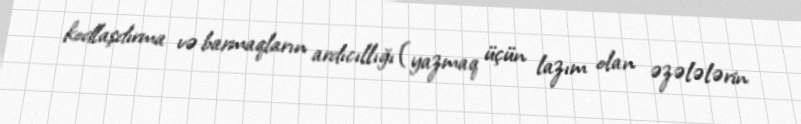
kodlaşdırma və barmaqların ardıcıllığı (yazmaq üçün lazım olan əzələlərin